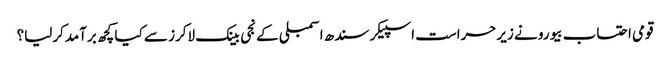
قومی احتساب بیورو نے زیرحراست اسپیکر سندھ اسمبلی کے نجی بینک لاکرز سے کیا کچھ برآمدکرلیا؟